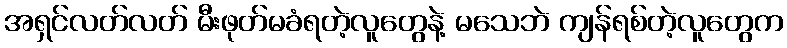
အရှင်လတ်လတ် မီးဖုတ်မခံရတဲ့လူတွေနဲ့ မသေဘဲ ကျန်ရစ်တဲ့လူတွေက